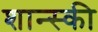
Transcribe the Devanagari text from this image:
शान्स्की